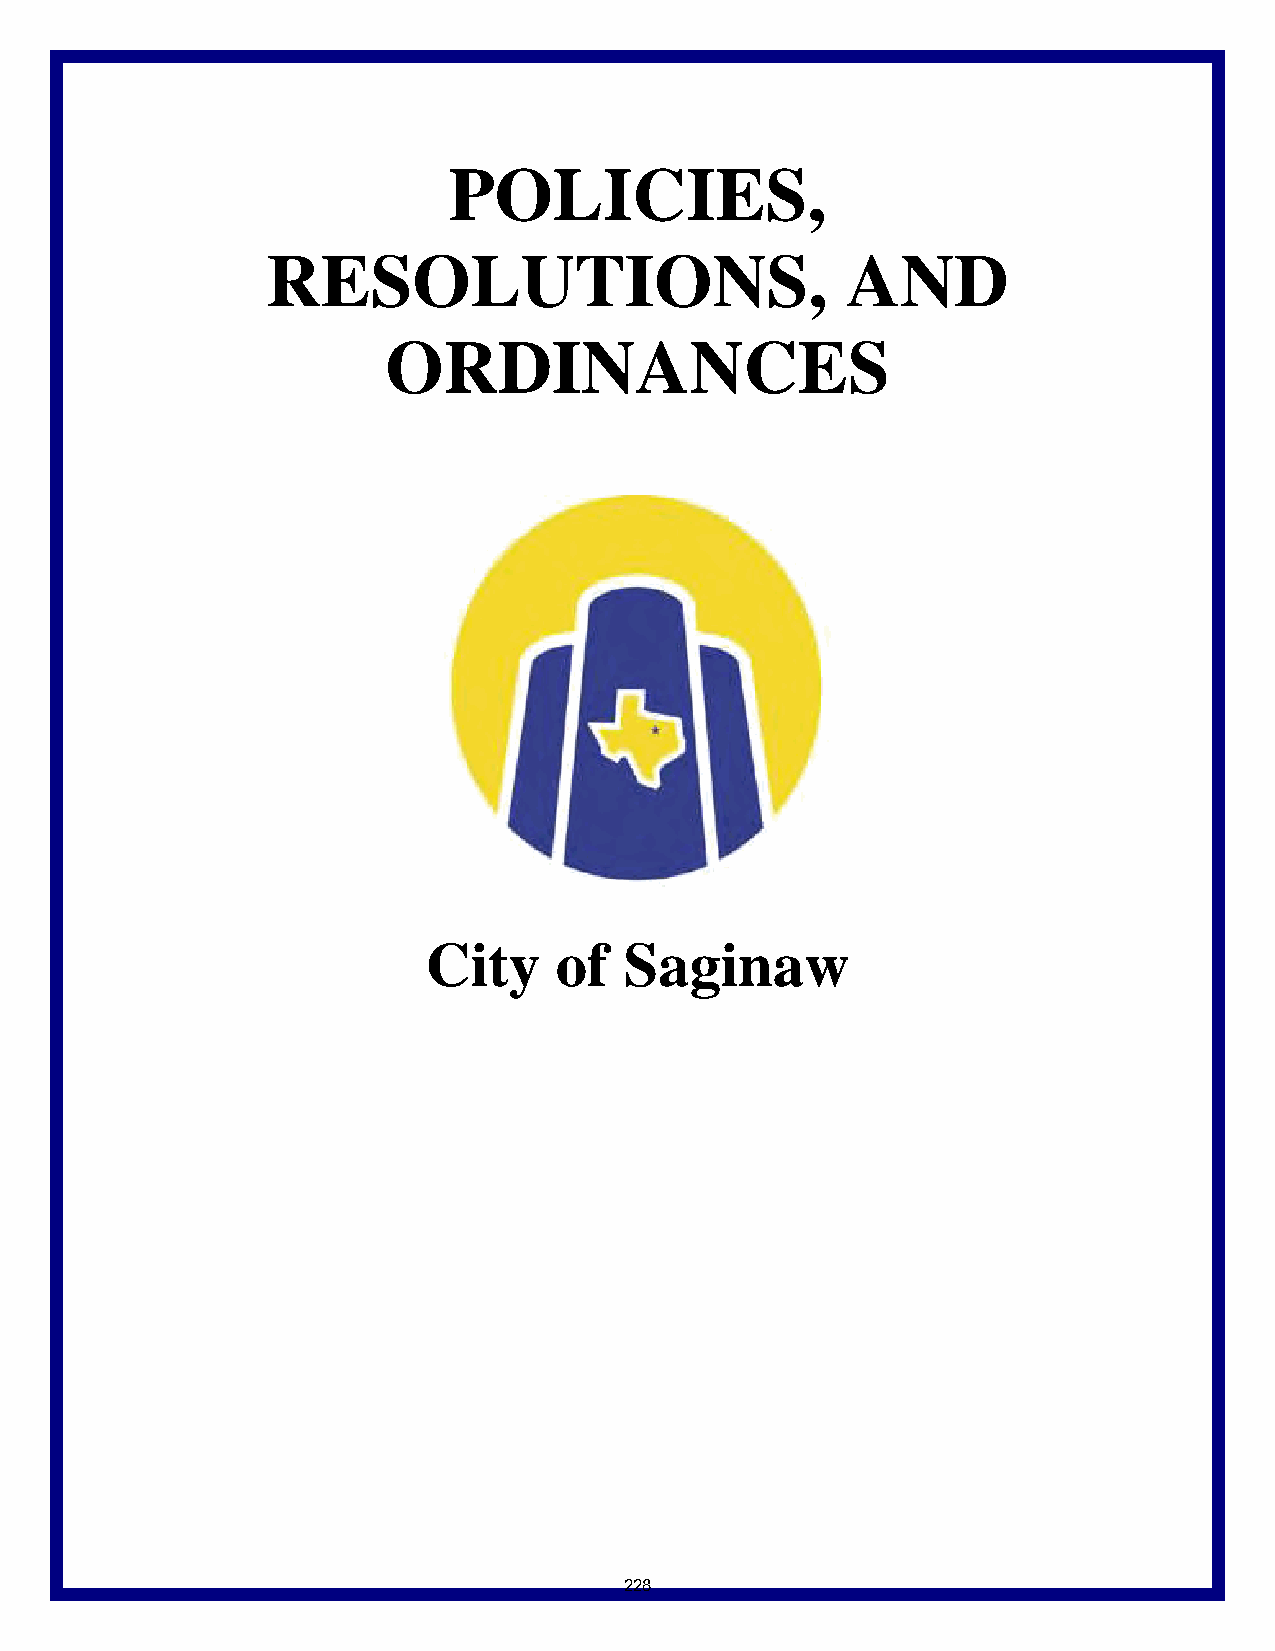
POLICIES,
 RESOLUTIONS,                          AND
 ORDINANCES
 City     of  Saginaw
 228